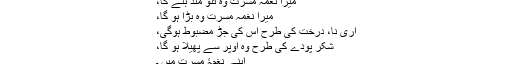
میرا نغمہ مسرت وہ تنو مند بنے گا،
میرا نغمہ مسرت وہ بڑا ہو گا،
اِری نا، درخت کی طرح اس کی جڑ مضبوط ہوگی،
شکر پودے کی طرح وہ اوپر سے پھیلا ہو گا،
اپنے نغمۂِ مسرت میں ۔